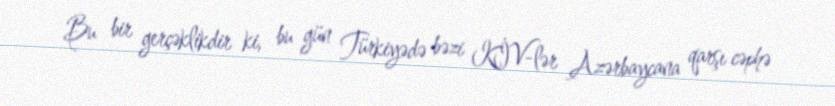
Bu bir gerçəklikdir ki, bu gün Türkiyədə bəzi KİV-lər Azərbaycana qarşı cəphə